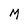
Character: M